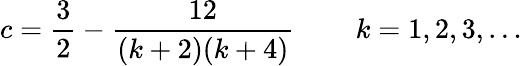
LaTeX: c=\frac{3}{2}-\frac{12}{(k+2)(k+4)}\, \qquad k=1,2,3,\ldots